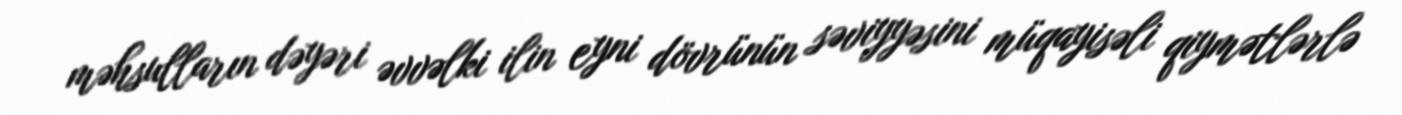
məhsulların dəyəri əvvəlki ilin eyni dövrünün səviyyəsini müqayisəli qiymətlərlə